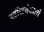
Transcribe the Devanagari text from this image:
खींचनेवालों